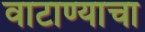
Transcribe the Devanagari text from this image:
वाटाण्याचा